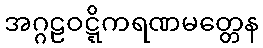
အဂ္ဂဠဝဋ္ဋိကရဏမတ္တေန